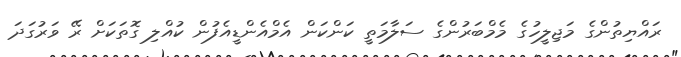
ރައްޔިތުންގެ މަޖިލީހުގެ މެމްބަރުންގެ ސަލާމަތީ ކަންކަން އެމްއެންޑީއެފުން ކުއްލި ގޮތަކަށް ރޭ ވަރުގަދަ